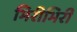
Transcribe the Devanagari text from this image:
भिरीभिरी